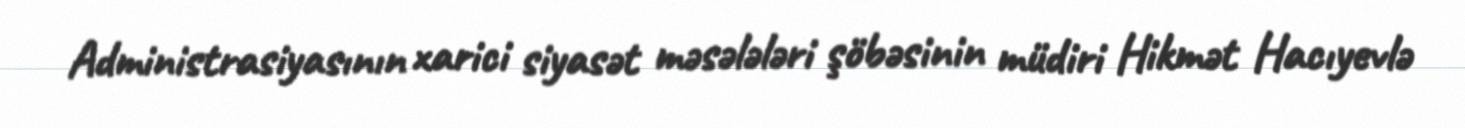
Administrasiyasının xarici siyasət məsələləri şöbəsinin müdiri Hikmət Hacıyevlə